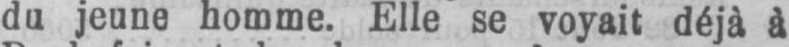
du jeune homme. Elle se voyait déjà à